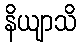
နိယျာသိ